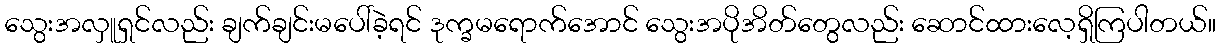
သွေးအလှူရှင်လည်း ချက်ချင်းမပေါ်ခဲ့ရင် ဒုက္ခမရောက်အောင် သွေးအပိုအိတ်တွေလည်း ဆောင်ထားလေ့ရှိကြပါတယ်။